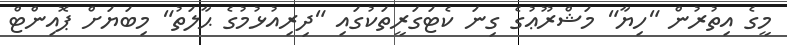
މީގެ އިތުރުން "ހިޔާ" މަޝްރޫޢުގެ ގިނަ ކެޓަގަރީތަކުގައި "ދިރިއުޅުމުގެ ޙާލަތު" މިބަޔަށް ޕޮއިންޓް